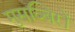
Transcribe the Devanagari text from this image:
मुसव्बिरों